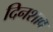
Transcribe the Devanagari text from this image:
दिनशाव